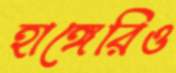
হাঙ্গেরিও